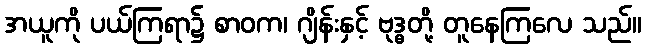
အယူကို ပယ်ကြရာ၌ စာဝက၊ ဂျိန်းနှင့် ဗုဒ္ဓတို့ တူနေကြလေ သည်။